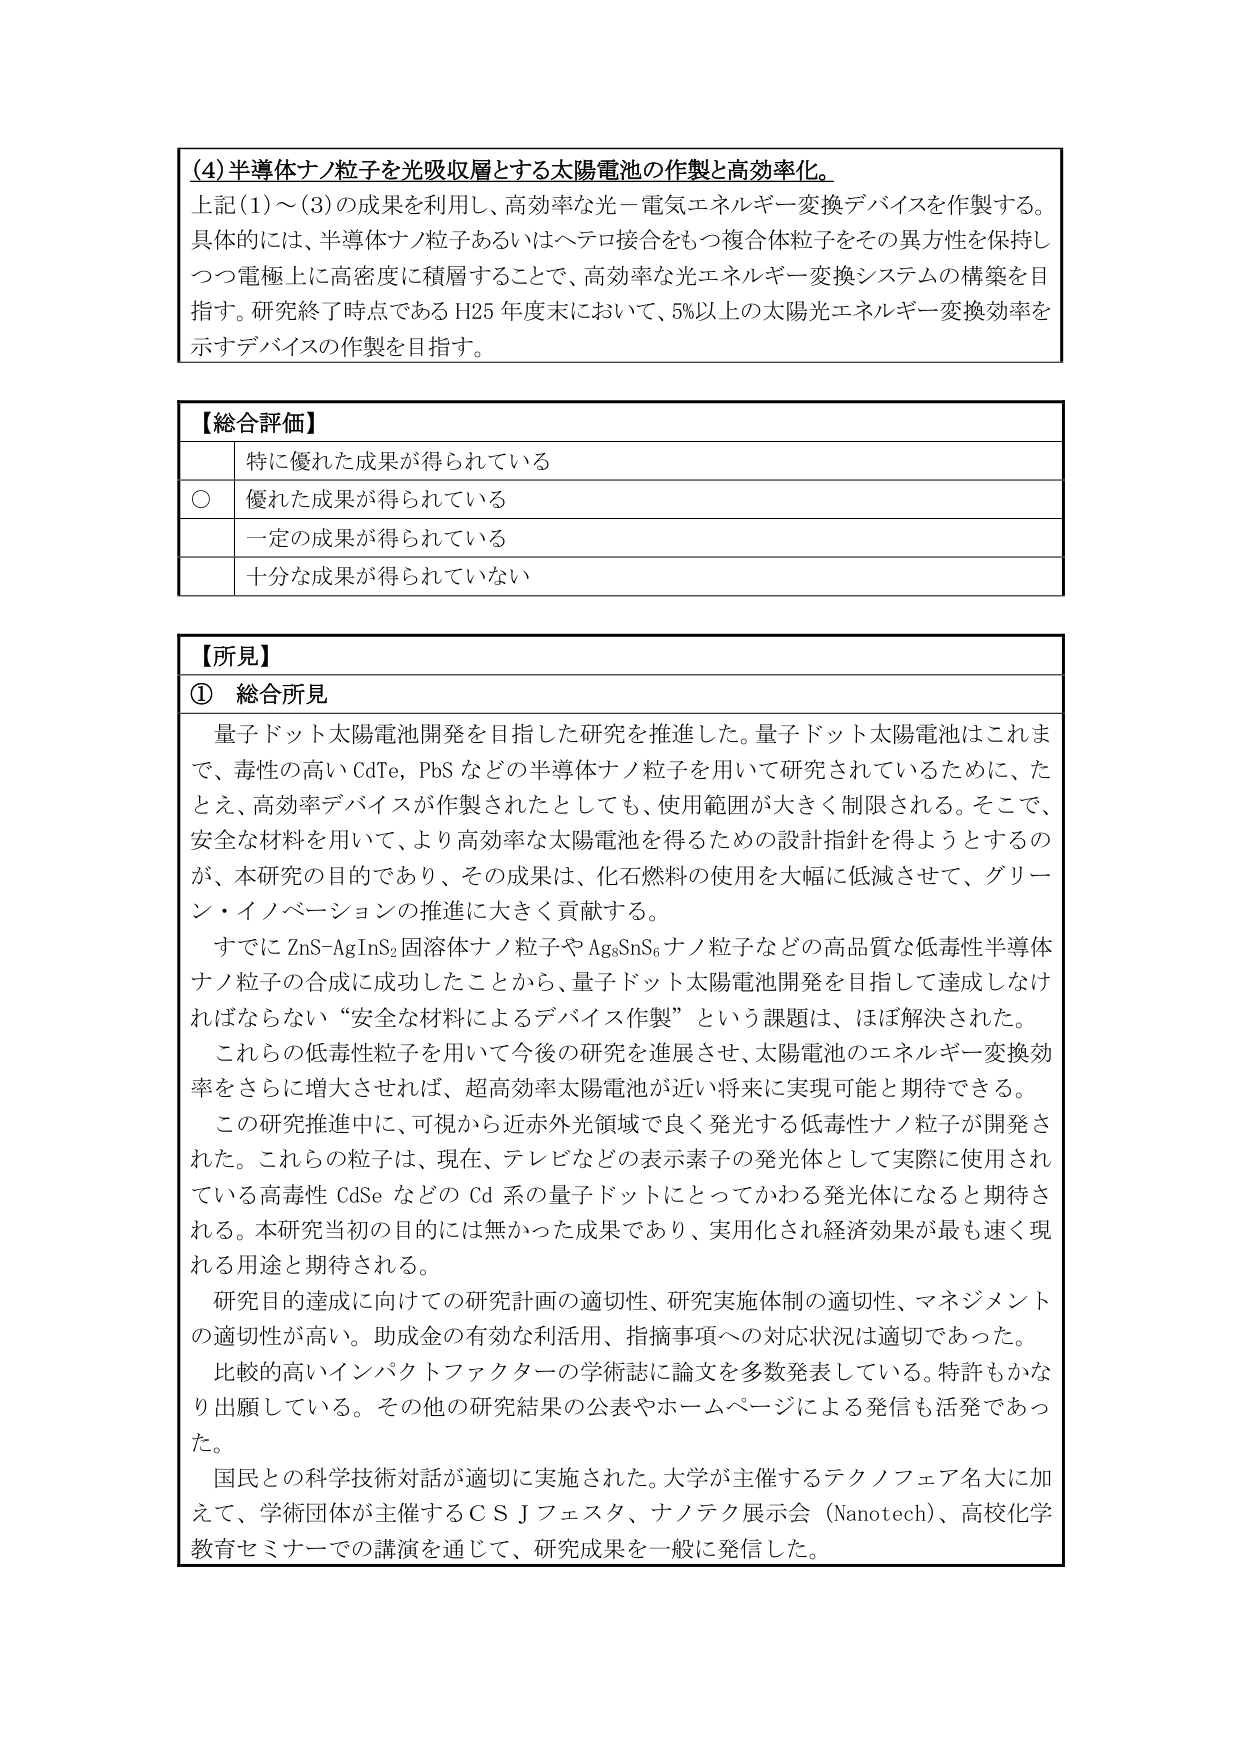
(4) 半導体ナノ粒子を光吸収層とする太陽電池の作製と高効率化。

上記(1)～(3)の成果を利用し、高効率な光－電気エネルギー変換デバイスを作製する。具体的には、半導体ナノ粒子あるいはヘテロ接合をもつ複合体粒子をその異方性を保持しつつ電極上に高密度に積層することで、高効率な光エネルギー変換システムの構築を目指す。研究終了時点であるH25年度末において、5%以上の太陽光エネルギー変換効率を示すデバイスの作製を目指す。

【総合評価】
　　特に優れた成果が得られている
　　○ 優れた成果が得られている
　　一定の成果が得られている
　　十分な成果が得られていない

【所見】
① 総合所見
　　量子ドット太陽電池開発を目指した研究を推進した。量子ドット太陽電池はこれまで、毒性の高いCdTe、PbSなどの半導体ナノ粒子を用いて研究されているために、たとえ、高効率デバイスが作製されたとしても、使用範囲が大きく制限される。そこで、安全な材料を用いて、より高効率な太陽電池を得るための設計指針を得ようとするのが、本研究の目的であり、その成果は、化石燃料の使用を大幅に低減させて、グリーン・イノベーションの推進に大きく貢献する。

　　すでにZnS-AgInS₂固溶体ナノ粒子やAg₈SnS₆ナノ粒子などの高品質な低毒性半導体ナノ粒子の合成に成功したことから、量子ドット太陽電池開発を目指して達成しなければならない“安全な材料によるデバイス作製”という課題は、ほぼ解決された。

　　これらの低毒性粒子を用いて今後の研究を進展させ、太陽電池のエネルギー変換効率をさらに増大させれば、超高効率太陽電池が近い将来に実現可能と期待できる。

　　この研究推進中に、可視から近赤外光領域で良く発光する低毒性ナノ粒子が開発された。これらの粒子は、現在、テレビなどの表示素子の発光体として実際に使用されている高毒性CdSeなどのCd系の量子ドットにとってかわる発光体になると期待される。本研究当初の目的には無かった成果であり、実用化され経済効果が最も速く現れる用途と期待される。

　　研究目的達成に向けての研究計画の適切性、研究実施体制の適切性、マネジメントの適切性が高い。助成金の有効な利活用、指摘事項への対応状況は適切であった。

　　比較的高いインパクトファクターの学術誌に論文を多数発表している。特許もかなり出願している。その他の研究結果の公表やホームページによる発信も活発であった。

　　国民との科学技術対話が適切に実施された。大学が主催するテクノフェア名大に加えて、学術団体が主催するＣＳＪフェスタ、ナノテク展示会（Nanotech）、高校化学教育セミナーでの講演を通じて、研究成果を一般に発信した。